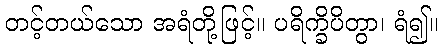
တင့်တယ်သော အရံတို့ဖြင့်။ ပရိက္ခိပိတွာ၊ ရံ၍။